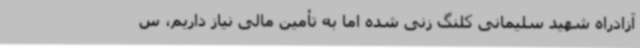
آزادراه شهید سلیمانی کلنگ زنی شده اما به تأمین مالی نیاز داریم، س